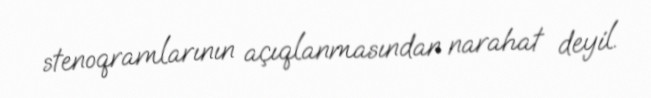
stenoqramlarının açıqlanmasından narahat deyil.